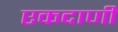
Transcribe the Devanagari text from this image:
एकदाणी